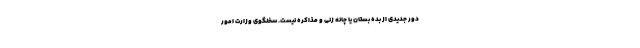
دور جدیدی از بده بستان یا چانه زنی و مذاکره نیست. سخنگوی وزارت امور